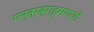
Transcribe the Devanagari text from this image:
मन्त्रब्राह्मणयोः